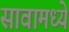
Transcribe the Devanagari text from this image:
सावामध्ये